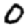
Digit: 0